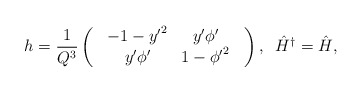
\begin{align*}h=\frac{1}{Q^3}\left(\begin{array}{c}\begin{array}{cc}-1-{y^{\prime}}^2&y^{\prime}{\phi}^{\prime}\\y^{\prime}{\phi}^{\prime}&1-{{\phi}^{\prime}}^2\\\end{array}\end{array}\right),\;\;{\hat H}^{\dagger}={\hat H},\end{align*}